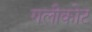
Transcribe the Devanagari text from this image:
गलीकोट